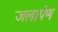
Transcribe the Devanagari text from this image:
जलार्पण